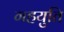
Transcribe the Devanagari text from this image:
गहयुति